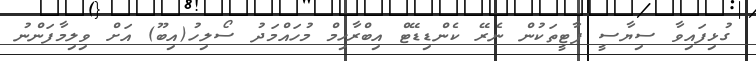
ގުޅިފައިވާ ސިޔާސީ ޕާޓީތަކުން ނެރޭ ކެންޑިޑޭޓް އިބްރާހިމް މުހައްމަދު ސޯލިހު(އިބޫ) އަށް ވިލިމާފަންނު